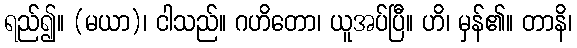
ရည်၍။ (မယာ)၊ ငါသည်။ ဂဟိတော၊ ယူအပ်ပြီ။ ဟိ၊ မှန်၏။ တာနိ၊